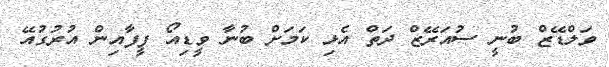
ވަލްޑޭޒް ބުނީ ސުއަރޭޒް ދަތް އެޅި ކަމަށް ބުނާ ވީޑިއޯ ފީފާއިން އުރުގުއޭ